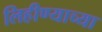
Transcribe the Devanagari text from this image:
लिहीण्याच्या